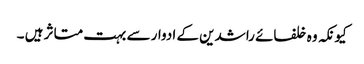
کیونکہ وہ خلفائے راشدین کے ادوار سے بہت متاثر ہیں ۔